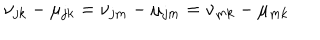
LaTeX: \nu _ { j k } - \mu _ { j k } = \nu _ { j m } - \mu _ { j m } = \nu _ { m k } - \mu _ { m k }